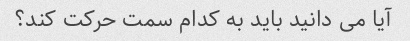
آیا می دانید باید به کدام سمت حرکت کند؟